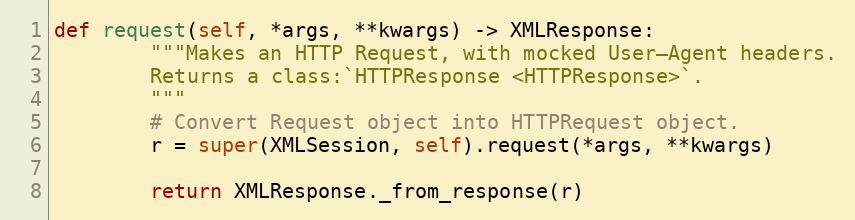
Language: Python
def request(self, *args, **kwargs) -> XMLResponse:
        """Makes an HTTP Request, with mocked User–Agent headers.
        Returns a class:`HTTPResponse <HTTPResponse>`.
        """
        # Convert Request object into HTTPRequest object.
        r = super(XMLSession, self).request(*args, **kwargs)

        return XMLResponse._from_response(r)